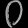
Digit: ၀